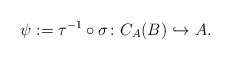
\begin{align*} \psi := \tau^{-1} \circ \sigma \colon C_A(B) \hookrightarrow A.\end{align*}